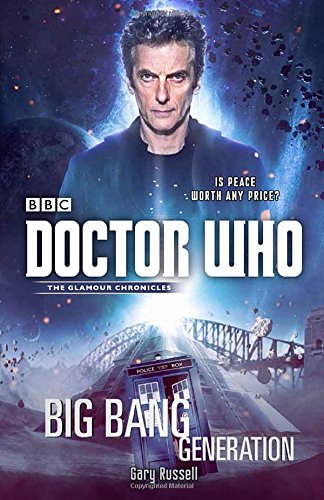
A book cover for Doctor Who: Big Bang Generation; Gary Russell; Science Fiction & Fantasy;